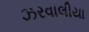
ઝરવાલીયા